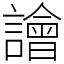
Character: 譮